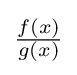
{\tfrac {f(x)}{g(x)}}